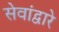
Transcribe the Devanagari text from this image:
सेवांद्वारे